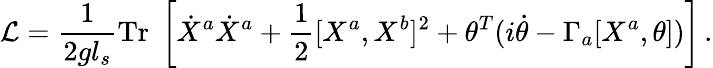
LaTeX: {\cal L}=\frac{1}{2gl_{s}}\mathrm{Tr}\; \left[\dot{X}^{a}\dot{X}^{a}+\frac{1}{2}[X^{a},X^{b}]^{2}+\theta^{T}(i\dot{\theta}-\Gamma_{a}[X^{a},\theta])\right]\, .